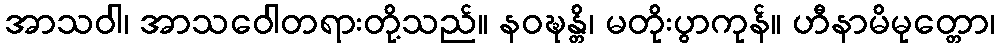
အာသဝါ၊ အာသဝေါတရားတို့သည်။ နဝဍ္ဎန္တိ၊ မတိုးပွာကုန်။ ဟီနာမိမုတ္တော၊